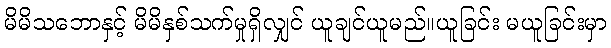
မိမိသဘောနှင့် မိမိနှစ်သက်မှုရှိလျှင် ယူချင်ယူမည်။ယူခြင်း မယူခြင်းမှာ